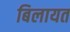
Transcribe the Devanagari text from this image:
बिलायत